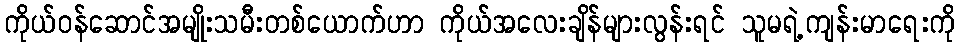
ကိုယ်ဝန်ဆောင်အမျိုးသမီးတစ်ယောက်ဟာ ကိုယ်အလေးချိန်များလွန်းရင် သူမရဲ့ကျန်းမာရေးကို